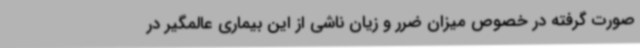
صورت گرفته در خصوص میزان ضرر و زیان ناشی از این بیماری عالمگیر در